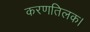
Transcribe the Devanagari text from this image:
करणतिलक।